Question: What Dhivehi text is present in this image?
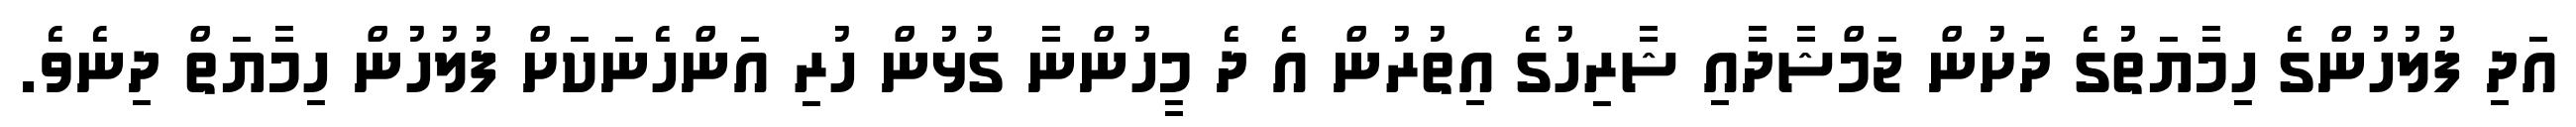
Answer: އަދި ފުލުހުންގެ ހިމާޔަތުގެ ދަށުން ޖަމްޝާދާއި ޝާރިހުގެ އިތުރުން އެ ދެ މީހުންނާ ގުޅުން ހުރި އަންހެނަކަށް ފުލުހުން ހިމާޔަތް ދިނެވެ.